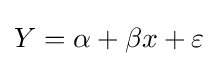
Y=\alpha +\beta x+\varepsilon